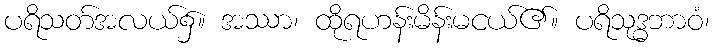
ပရိသတ်အလယ်၌။ အဿာ၊ ထိုရဟန်းမိန်းမငယ်၏။ ပရိသုဒ္ဓဘာဝံ၊